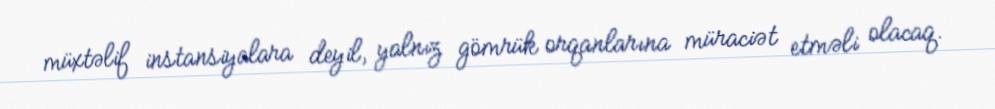
müxtəlif instansiyalara deyil, yalnız gömrük orqanlarına müraciət etməli olacaq.